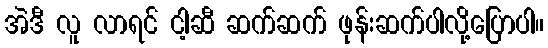
အဲဒီ လူ လာရင် ငါ့ဆီ ဆက်ဆက် ဖုန်းဆက်ပါလို့ပြောပါ။